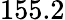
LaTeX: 155.2